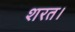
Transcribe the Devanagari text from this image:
शरत।